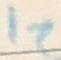
Text: I2